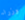
وزراء